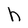
Character: h